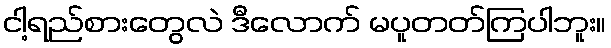
ငါ့ရည်စားတွေလဲ ဒီလောက် မပူတတ်ကြပါဘူး။